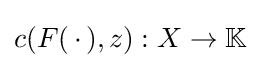
c(F(\,\cdot \,),z):X\to \mathbb {K}